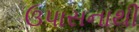
ઉપાસનાથી